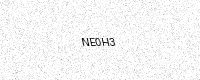
Text: NE0H3